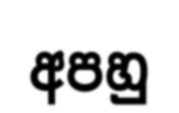
අපහු